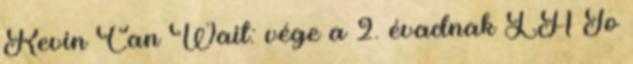
Kevin Can Wait: vége a 2. évadnak LA To